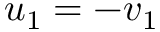
u _ { 1 } = - v _ { 1 }